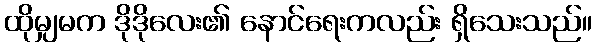
ထိုမျှမက ဒိုဒိုလေး၏ နောင်ရေးကလည်း ရှိသေးသည်။